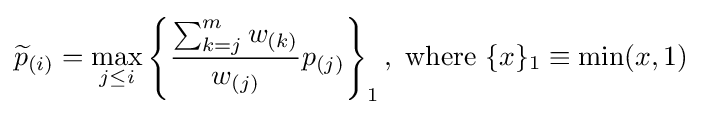
{\widetilde {p}}_{(i)}=\max _{j\leq i}\left\{{\frac {\sum _{k=j}^{m}{w_{(k)}}}{w_{(j)}}}p_{(j)}\right\}_{1},{\text{ where }}\{x\}_{1}\equiv \min(x,1)